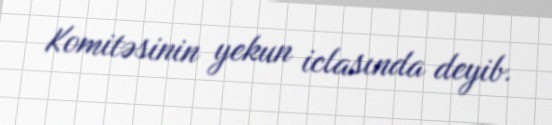
Komitəsinin yekun iclasında deyib.